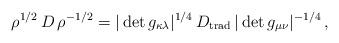
LaTeX: \begin{align*}\rho^{1/2}\,D\,\rho^{-1/2}=|\det g_{\kappa\lambda}|^{1/4}\,D_\mathrm{trad}\,|\det g_{\mu\nu}|^{-1/4}\,,\end{align*}